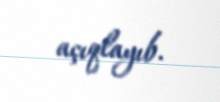
açıqlayıb.